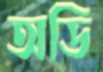
অডি